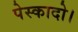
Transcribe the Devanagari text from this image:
पेस्कादो।